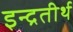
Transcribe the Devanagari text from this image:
इन्द्रतीर्थ